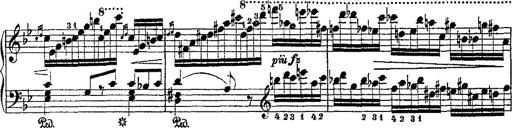
Title: Fantaisie romantique sur deux mÃ©lodies suisses
Composer: Franz Liszt